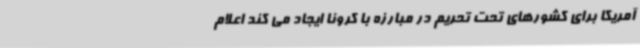
آمریکا برای کشورهای تحت تحریم در مبارزه با کرونا ایجاد می کند اعلام